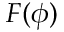
F ( \phi )